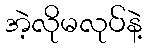
အဲ့လိုမလုပ်နဲ့